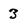
Character: 3